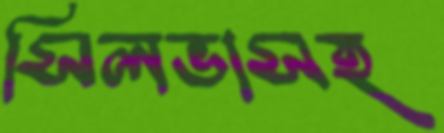
সিলভাসহ